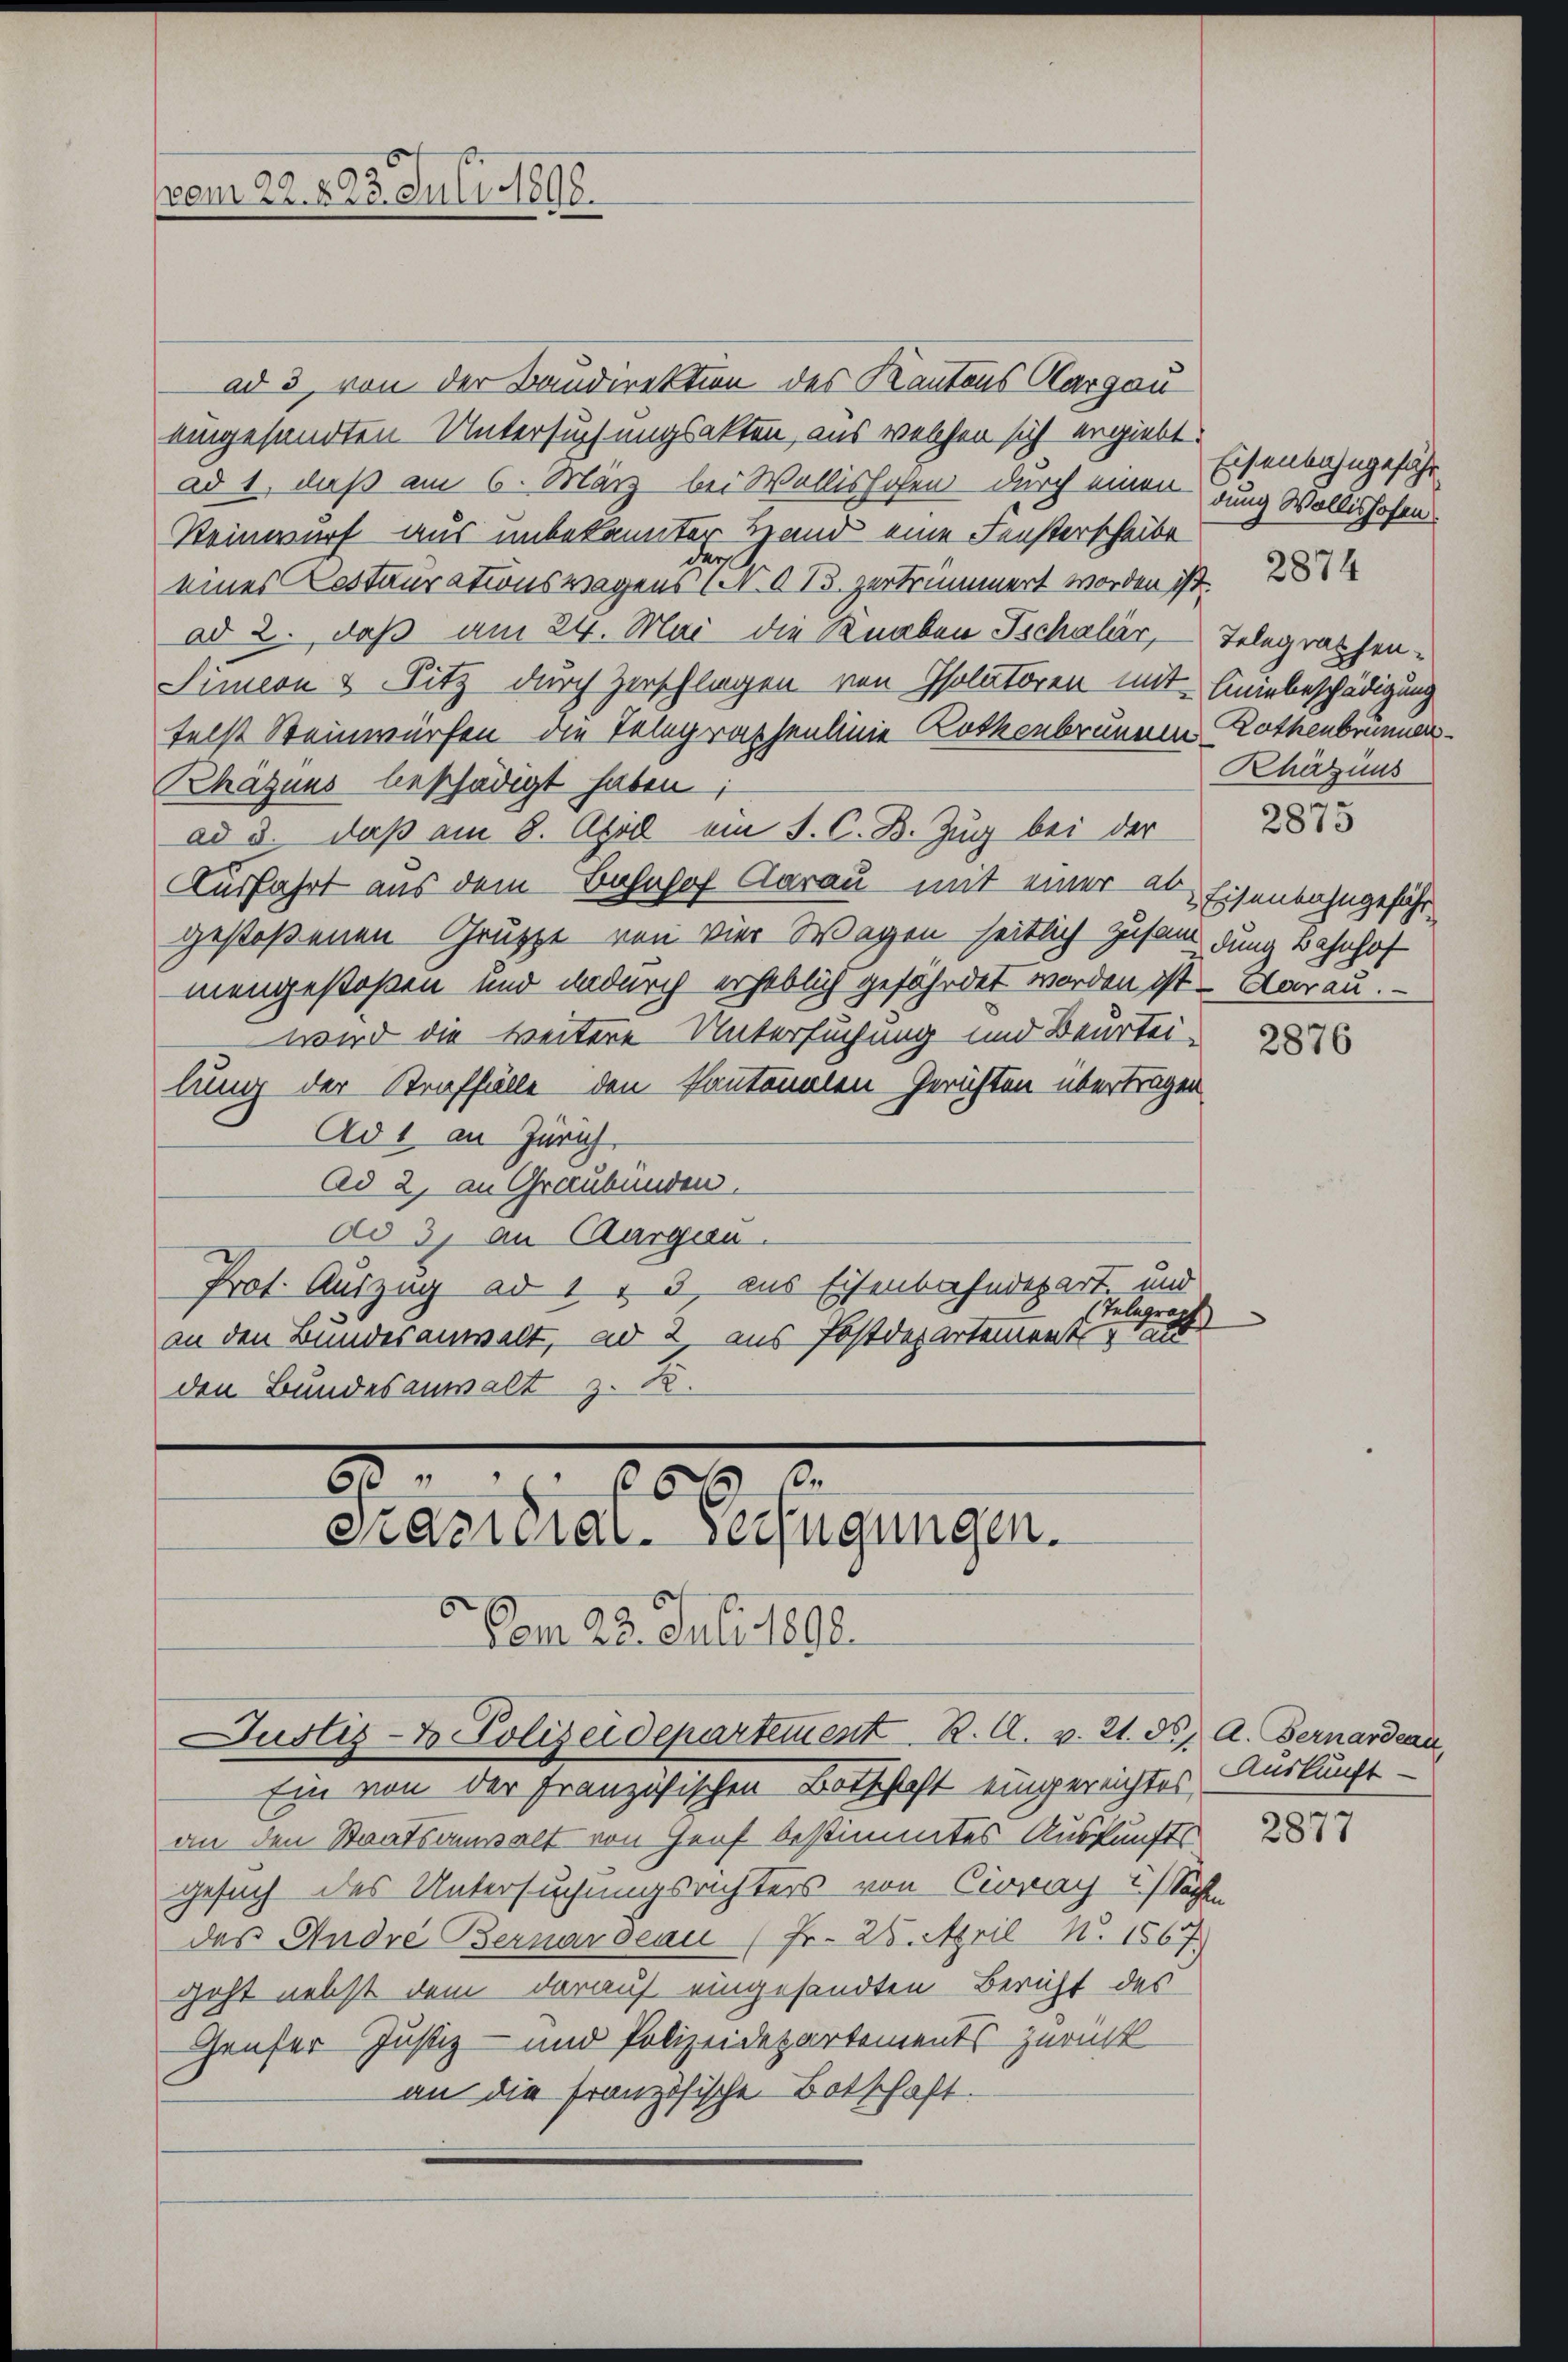
vom 22. 823. Juli 1898.

ad 3, von der Baudirektion des Kantons Aargau
eingesandten Untersuchungsakten, aus welchen sich ergiebt.
ad 1, daß am 6. März bei Wallishofen durch einen dung Wollishofen
Steinwurf aus unbekannter Hand eine Fensterscheibe
d
eines Kostaurationswegens (N. O. 13. zertrümmert worden ist.
ad 2. daß am 24. Mai die Knaben Tschaler, Telegraphen-
Simeon & Sitz durch Zerschlagen von Isolatoren mit Einbeschädigung
telst Steinwürfen die Telegraphenlinie Rothenbrunnen Rothenbrunnen.
Rhäzuus beschädigt haben;
ad 3. daß am 8. April ein S. C. B. Zug bei der
Ausfahrt aus dem Bahnhof Aarau mit einer ab Eisenbahngeführgestoßenen Gruppe von Vier Wagen seitlich zusam dung Bahnhof
mengestoßen und dadurch erheblich gefährdet worden ist. Aarau.
wird die weitere Untersuchung und Beurtei-
lung der Straffälle den kantonalen Gerichten übertragen
Ad 1 an Zürich
Ad 2, an Graubünden.
Ad 3) an Aargau.
Prot. Auszug ad 1 & 3, aus Eisenbahndepart und
Telegraph
an den Bundesanwalt, ad 2. aus Postdepartement u. alt
den Bundesanwalt z. B.

20 x
Prasuial-Verfügungen.
.
Dam 22. Juli 1890.
Justiz- & Polizeidepartement K. A. v. 21. ds. A. Fernardeau,
Ein von der Französischen Botschaft eingereichtes Auskunft-

an den Staatsanwalt von Genf bestimmtes Auskunfts
Gesuch des Untersuchungsrichters von Ciovay in Sachen
des Andre Bernarocau (Fr. 25. April N. 1567.
geht nebst dem darauf eingesandten Bericht des
Genfer Justiz- und Polizeidepartements zurück
an die französische Botschaft.

Eisenbahngefähr
Phäzius
2875

2877